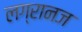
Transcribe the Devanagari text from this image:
लग्रानज